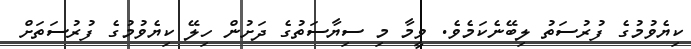
ކިޔެވުމުގެ ފުރުސަތު ލިބޭނެކަމެވެ. ވީމާ މި ސިޔާސަތުގެ ދަށުން ހިލޭ ކިޔެވުމުގެ ފުރުސަތަށް